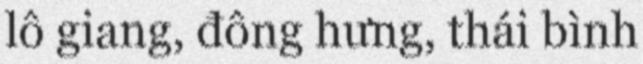
lô giang, đông hưng, thái bình